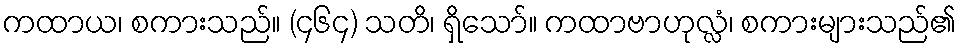
ကထာယ၊ စကားသည်။ (၄၆၄) သတိ၊ ရှိသော်။ ကထာဗာဟုလ္လံ၊ စကားများသည်၏